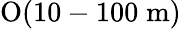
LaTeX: \mathrm{O}(10-100\; \mathrm{m})